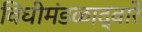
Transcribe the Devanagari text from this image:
विधीमंडळाद्वारे